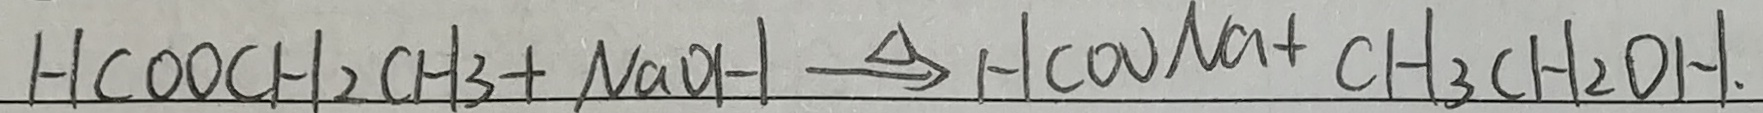
H C O O C H _ { 2 } C H _ { 3 } + N a O H \xrightarrow { \Delta } H C O O N a + C H _ { 3 } C H _ { 2 } O H .